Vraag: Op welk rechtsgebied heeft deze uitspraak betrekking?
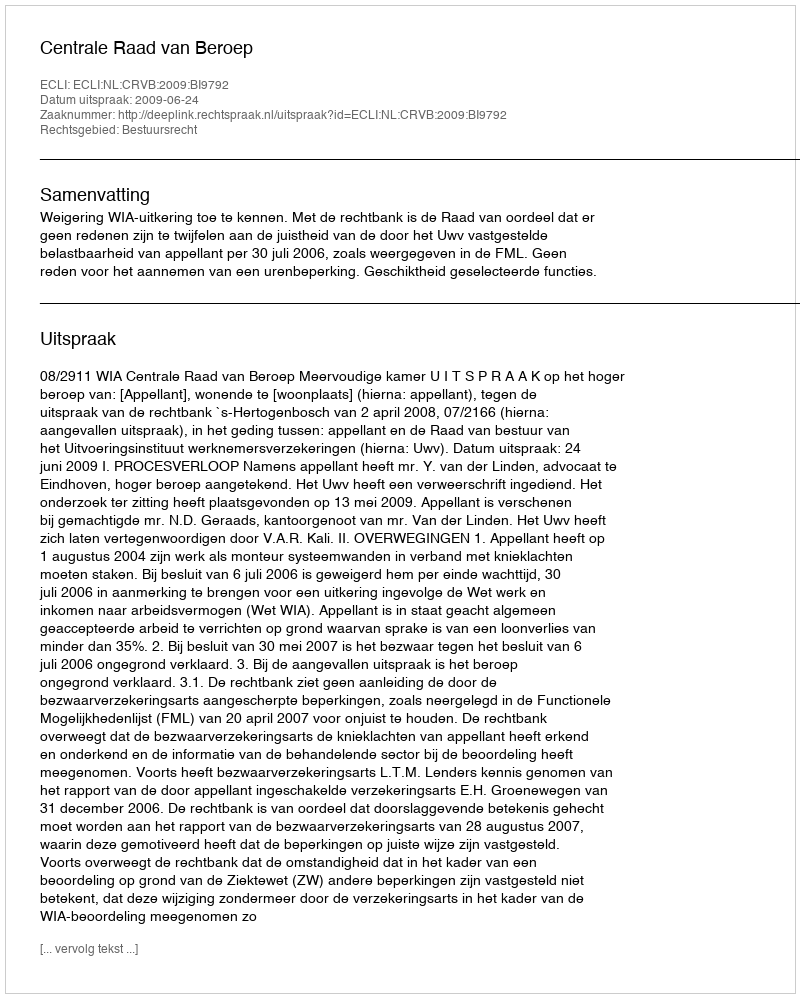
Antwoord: Bestuursrecht